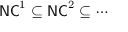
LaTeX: { \mathsf { N C } } ^ { 1 } \subseteq { \mathsf { N C } } ^ { 2 } \subseteq \cdots